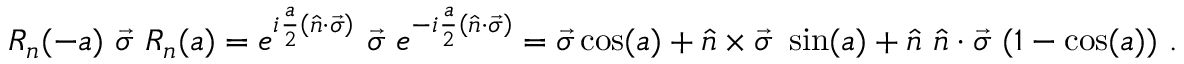
R _ { n } ( - a ) ~ { \vec { \sigma } } ~ R _ { n } ( a ) = e ^ { i { \frac { a } { 2 } } \left( { \hat { n } } \cdot { \vec { \sigma } } \right) } ~ { \vec { \sigma } } ~ e ^ { - i { \frac { a } { 2 } } \left( { \hat { n } } \cdot { \vec { \sigma } } \right) } = { \vec { \sigma } } \cos ( a ) + { \hat { n } } \times { \vec { \sigma } } ~ \sin ( a ) + { \hat { n } } ~ { \hat { n } } \cdot { \vec { \sigma } } ~ ( 1 - \cos ( a ) ) ~ .